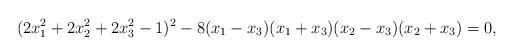
LaTeX: \begin{align*} ( 2x_1^2 + 2x_2^2 + 2x_3^2 - 1)^2 - 8( x_1 - x_3 ) ( x_1 + x_3 ) ( x_2 - x_3 ) ( x_2 + x_3 ) = 0, \end{align*}